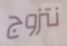
نتزوج